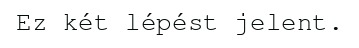
Ez két lépést jelent.